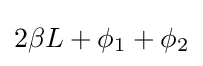
2\beta L+\phi _{1}+\phi _{2}